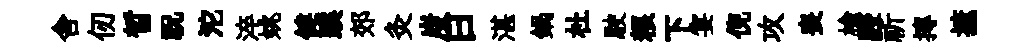
舎仞晳祝沱淬姚健蹊郊灸炭曰湛鍋杜駛粮下宴倪攻喪榆駸祈摶摭